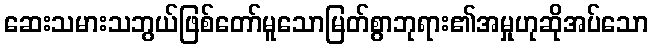
ဆေးသမားသဘွယ်ဖြစ်တော်မူသောမြတ်စွာဘုရား၏အမှုဟုဆိုအပ်သော